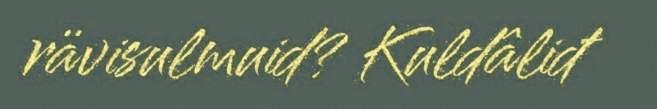
rävisulmuid? Kuldâliđ